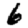
Digit: 6